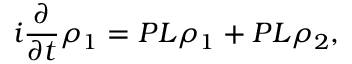
i { \frac { \partial } { \partial t } } \rho _ { 1 } = P L \rho _ { 1 } + P L \rho _ { 2 } ,